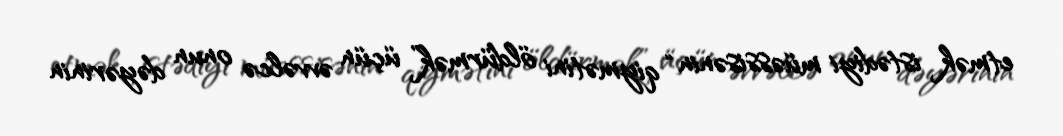
etmək istədiyi müəssisənin “qiymətini öldürmək” üçün əvvəlcə onun dəyərinin